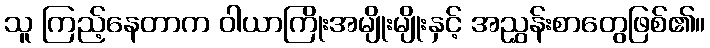
သူ ကြည့်နေတာက ဝါယာကြိုးအမျိုးမျိုးနှင့် အညွှန်းစာတွေဖြစ်၏။